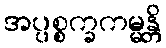
အပ္ပစ္စက္ခကမ္မန္တိ